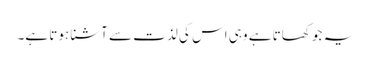
یہ جو کھاتا ہے وہی اس کی لذت سے آشنا ہوتا ہے۔